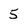
Character: 5